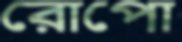
রোপো